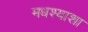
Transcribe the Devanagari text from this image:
मधश्याशा